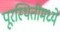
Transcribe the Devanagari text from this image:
पूरस्थितीमध्ये